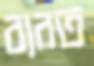
ব্যরত